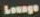
Lounge